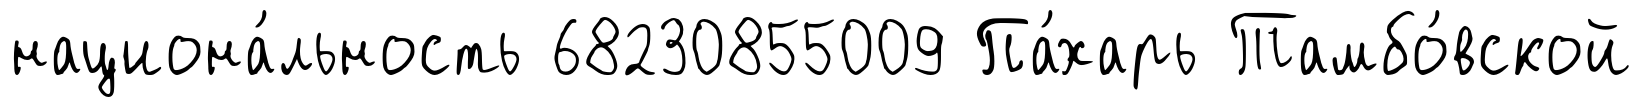
национа́льность 68230855009 Па́харь Тамбо́вской